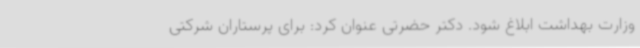
وزارت بهداشت ابلاغ شود. دکتر حضرتی عنوان کرد: برای پرستاران شرکتی